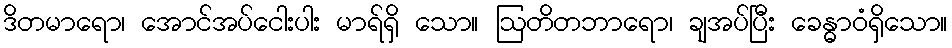
ဒိတမာရော၊ အောင်အပ်ငေါးပါး မာရ်ရှိ သော။ ဩတိတဘာရော၊ ချအပ်ပြီး ခေန္ဓာဝံရှိသော။